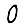
Digit: 0